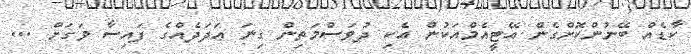
ކާޑެއް ބޭނުންކޮށްގެން އޭޓީއެމްއަކުން އެކި ދުވަސްމަތިން ގިނަ ޢަދަދެއްގެ ފައިސާ ވަގަށް ...